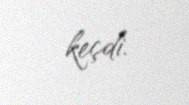
keçdi.